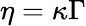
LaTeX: \eta=\kappa\Gamma